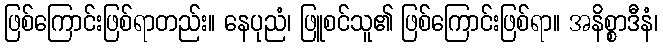
ဖြစ်ကြောင်းဖြစ်ရာတည်း။ နေပုညံ၊ ဖြူစင်သူ၏ ဖြစ်ကြောင်းဖြစ်ရာ။ အနိစ္စာဒီနံ၊